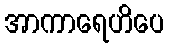
အာကာရေဟိပေ